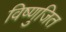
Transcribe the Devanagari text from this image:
विष्णुजित